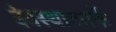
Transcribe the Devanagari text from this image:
देवस्थानतर्फे